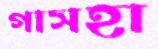
গাসহা